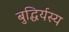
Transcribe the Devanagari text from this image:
बुद्धिर्यस्य